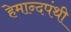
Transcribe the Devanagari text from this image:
हेमान्दपंथी